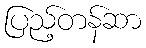
ပြည့်တန်ဆာ